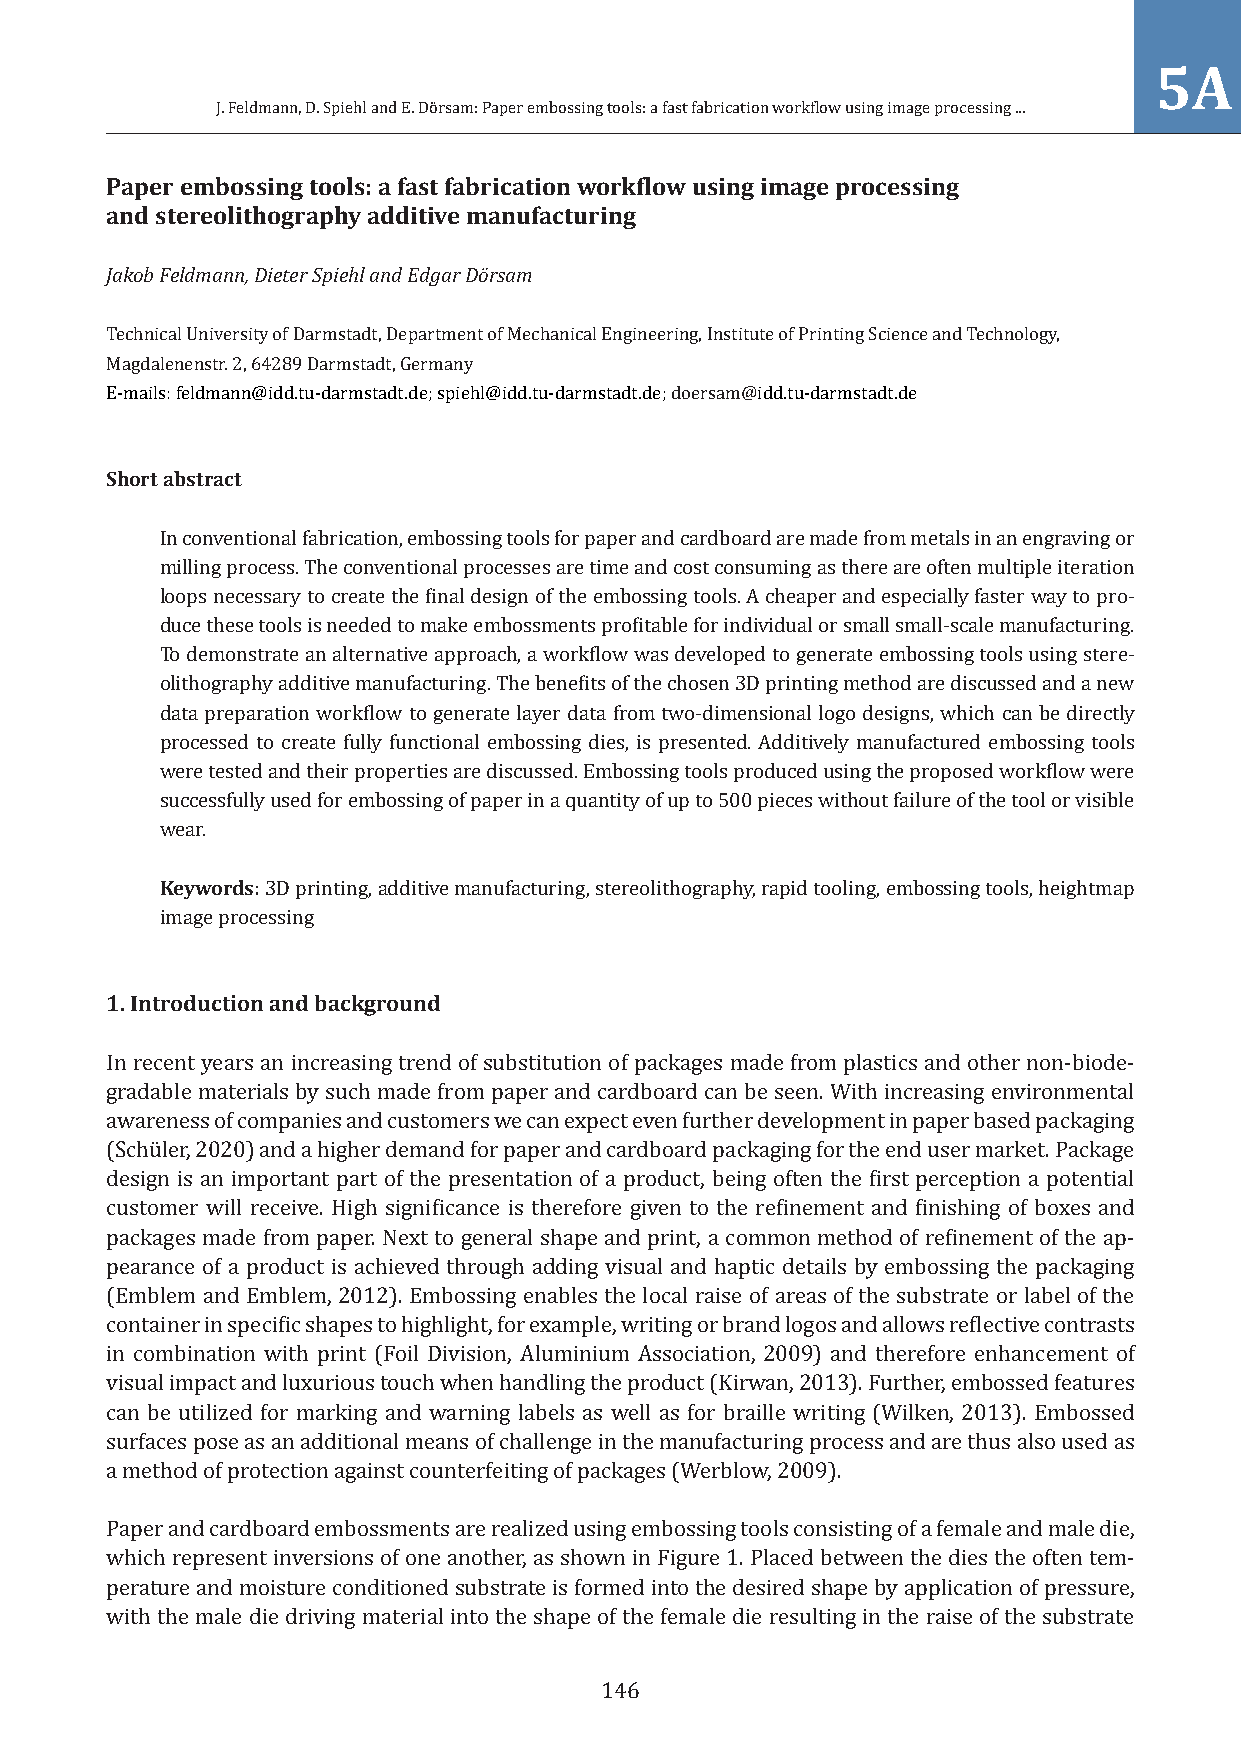
5A
 J. Feldmann, D. Spiehl and E. Dörsam: Paper embossing tools: a fast fabrication workflow using image processing ...
 Paper embossing tools: a fast fabrication workflow using image processing
 and stereolithography additive manufacturing
 Jakob Feldmann, Dieter Spiehl and Edgar Dörsam
 Technical University of Darmstadt, Department of Mechanical Engineering, Institute of Printing Science and Technology,
 Magdalenenstr. 2, 64289 Darmstadt, Germany
 E-mails: feldmann@idd.tu-darmstadt.de; spiehl@idd.tu-darmstadt.de; doersam@idd.tu-darmstadt.de
 Short abstract
 In conventional fabrication, embossing tools for paper and cardboard are made from metals in an engraving or
 milling process. The conventional processes are time and cost consuming as there are often multiple iteration
 loops necessary to create the final design of the embossing tools. A cheaper and especially faster way to pro-
 duce these tools is needed to make embossments profitable for individual or small small-scale manufacturing.
 To demonstrate an alternative approach, a workflow was developed to generate embossing tools using stere-
 olithography additive manufacturing. The benefits of the chosen 3D printing method are discussed and a new
 data preparation workflow to generate layer data from two-dimensional logo designs, which can be directly
 processed to create fully functional embossing dies, is presented. Additively manufactured embossing tools
 were tested and their properties are discussed. Embossing tools produced using the proposed workflow were
 successfully used for embossing of paper in a quantity of up to 500 pieces without failure of the tool or visible
 wear.
 Keywords: 3D printing, additive manufacturing, stereolithography, rapid tooling, embossing tools, heightmap
 image processing
 1.Introduction and background
 In recent years an increasing trend of substitution of packages made from plastics and other non-biode-
 gradable materials by such made from paper and cardboard can be seen. With increasing environmental
 awareness of companies and customers we can expect even further development in paper based packaging
 (Schüler, 2020) and a higher demand for paper and cardboard packaging for the end user market. Package
 design is an important part of the presentation of a product, being often the first perception a potential
 customer will receive. High significance is therefore given to the refinement and finishing of boxes and
 packages made from paper. Next to general shape and print, a common method of refinement of the ap-
 pearance of a product is achieved through adding visual and haptic details by embossing the packaging
 (Emblem and Emblem, 2012). Embossing enables the local raise of areas of the substrate or label of the
 container in specific shapes to highlight, for example, writing or brand logos and allows reflective contrasts
 in combination with print (Foil Division, Aluminium Association, 2009) and therefore enhancement of
 visual impact and luxurious touch when handling the product (Kirwan, 2013). Further, embossed features
 can be utilized for marking and warning labels as well as for braille writing (Wilken, 2013). Embossed
 surfaces pose as an additional means of challenge in the manufacturing process and are thus also used as
 a method of protection against counterfeiting of packages (Werblow, 2009).
 Paper and cardboard embossments are realized using embossing tools consisting of a female and male die,
 which represent inversions of one another, as shown in Figure 1. Placed between the dies the often tem-
 perature and moisture conditioned substrate is formed into the desired shape by application of pressure,
 with the male die driving material into the shape of the female die resulting in the raise of the substrate
 146